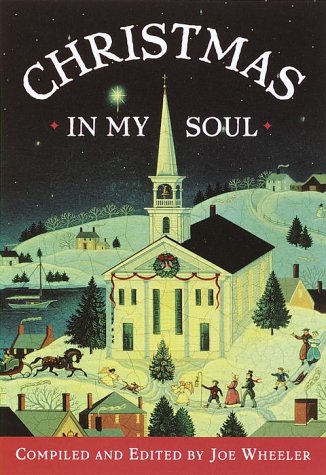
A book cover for Christmas in My Soul, Volume I; Religion & Spirituality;